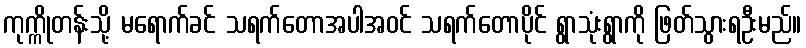
ကုက္ကိုတန်းသို့ မရောက်ခင် သရက်တောအပါအဝင် သရက်တောပိုင် ရွာသုံးရွာကို ဖြတ်သွားရဦးမည်။